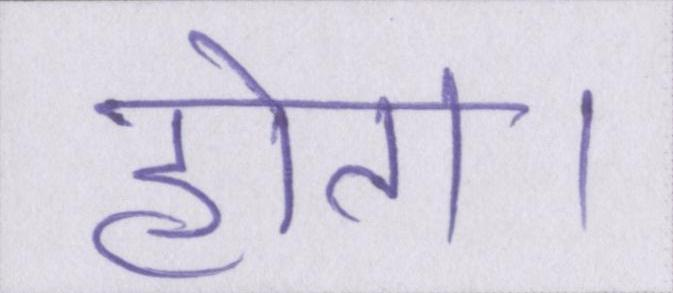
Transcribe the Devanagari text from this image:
होता।